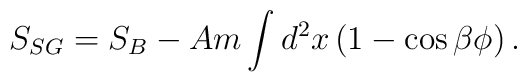
S_{SG}=S_B-Am \int d^2x\left(1-\cos{\beta\phi}\right).